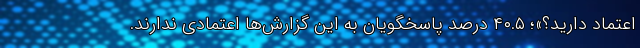
اعتماد دارید؟»؛ ۴۰.۵ درصد پاسخگویان به این گزارش­ها اعتمادی ندارند.